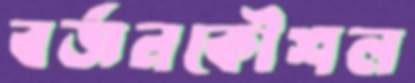
বর্জনকৌশল